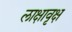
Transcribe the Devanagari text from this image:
लाक्षावृक्ष